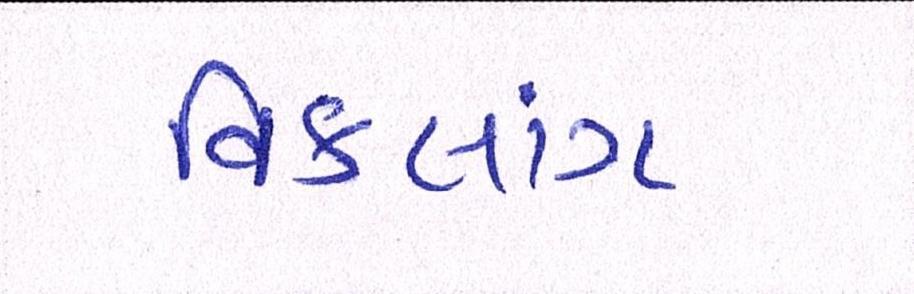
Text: વિકલાંગ